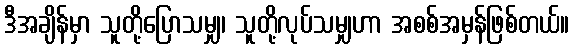
ဒီအချိန်မှာ သူတို့ပြောသမျှ၊ သူတို့လုပ်သမျှဟာ အစစ်အမှန်ဖြစ်တယ်။